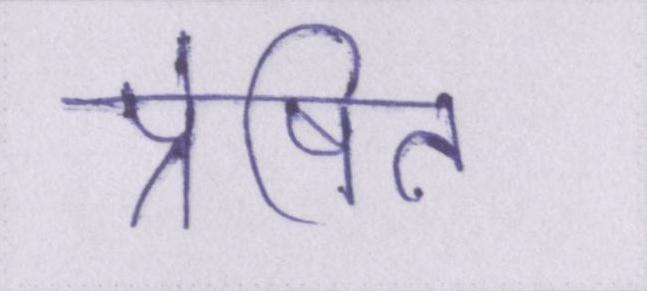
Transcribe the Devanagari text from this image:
प्रेषित